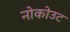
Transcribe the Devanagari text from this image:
नोकोउट